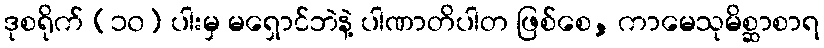
ဒုစရိုက် (၁၀) ပါးမှ မရှောင်ဘဲနဲ့ ပါဏာတိပါတ ဖြစ်စေ, ကာမေသုမိစ္ဆာစာရ